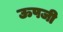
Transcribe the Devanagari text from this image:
ऊपजी